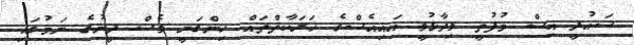
ސައުދީ އިސް މުފުތީ ވިދާޅުވީ އައިއެސްގެ ހަރަކާތްތައް ހިންގަނީ ވެސް ދީނުގެ ނަމުގައި